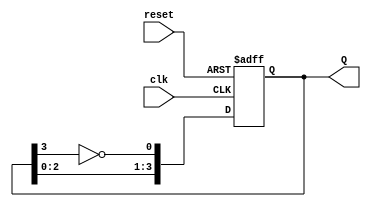
module JohnsonCounter (
    input wire clk,          // Clock input
    input wire reset,        // Asynchronous reset
    output reg [3:0] Q       // 4-bit output
);

    // Always block for the Johnson counter logic
    always @(posedge clk or posedge reset) begin
        if (reset) begin
            Q <= 4'b0000;    // Initialize to 0000 on reset
        end else begin
            Q[0] <= ~Q[3];    // D0 = ~Q3
            Q[1] <= Q[0];      // D1 = Q0
            Q[2] <= Q[1];      // D2 = Q1
            Q[3] <= Q[2];      // D3 = Q2
        end
    end

endmodule